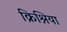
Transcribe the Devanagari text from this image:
क्रिश्निया